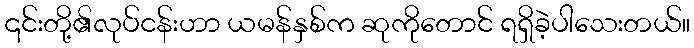
၎င်းတို့၏လုပ်ငန်းဟာ ယမန်နှစ်က ဆုကိုတောင် ရရှိခဲ့ပါသေးတယ်။